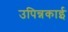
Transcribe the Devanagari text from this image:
उपिन्नकाई